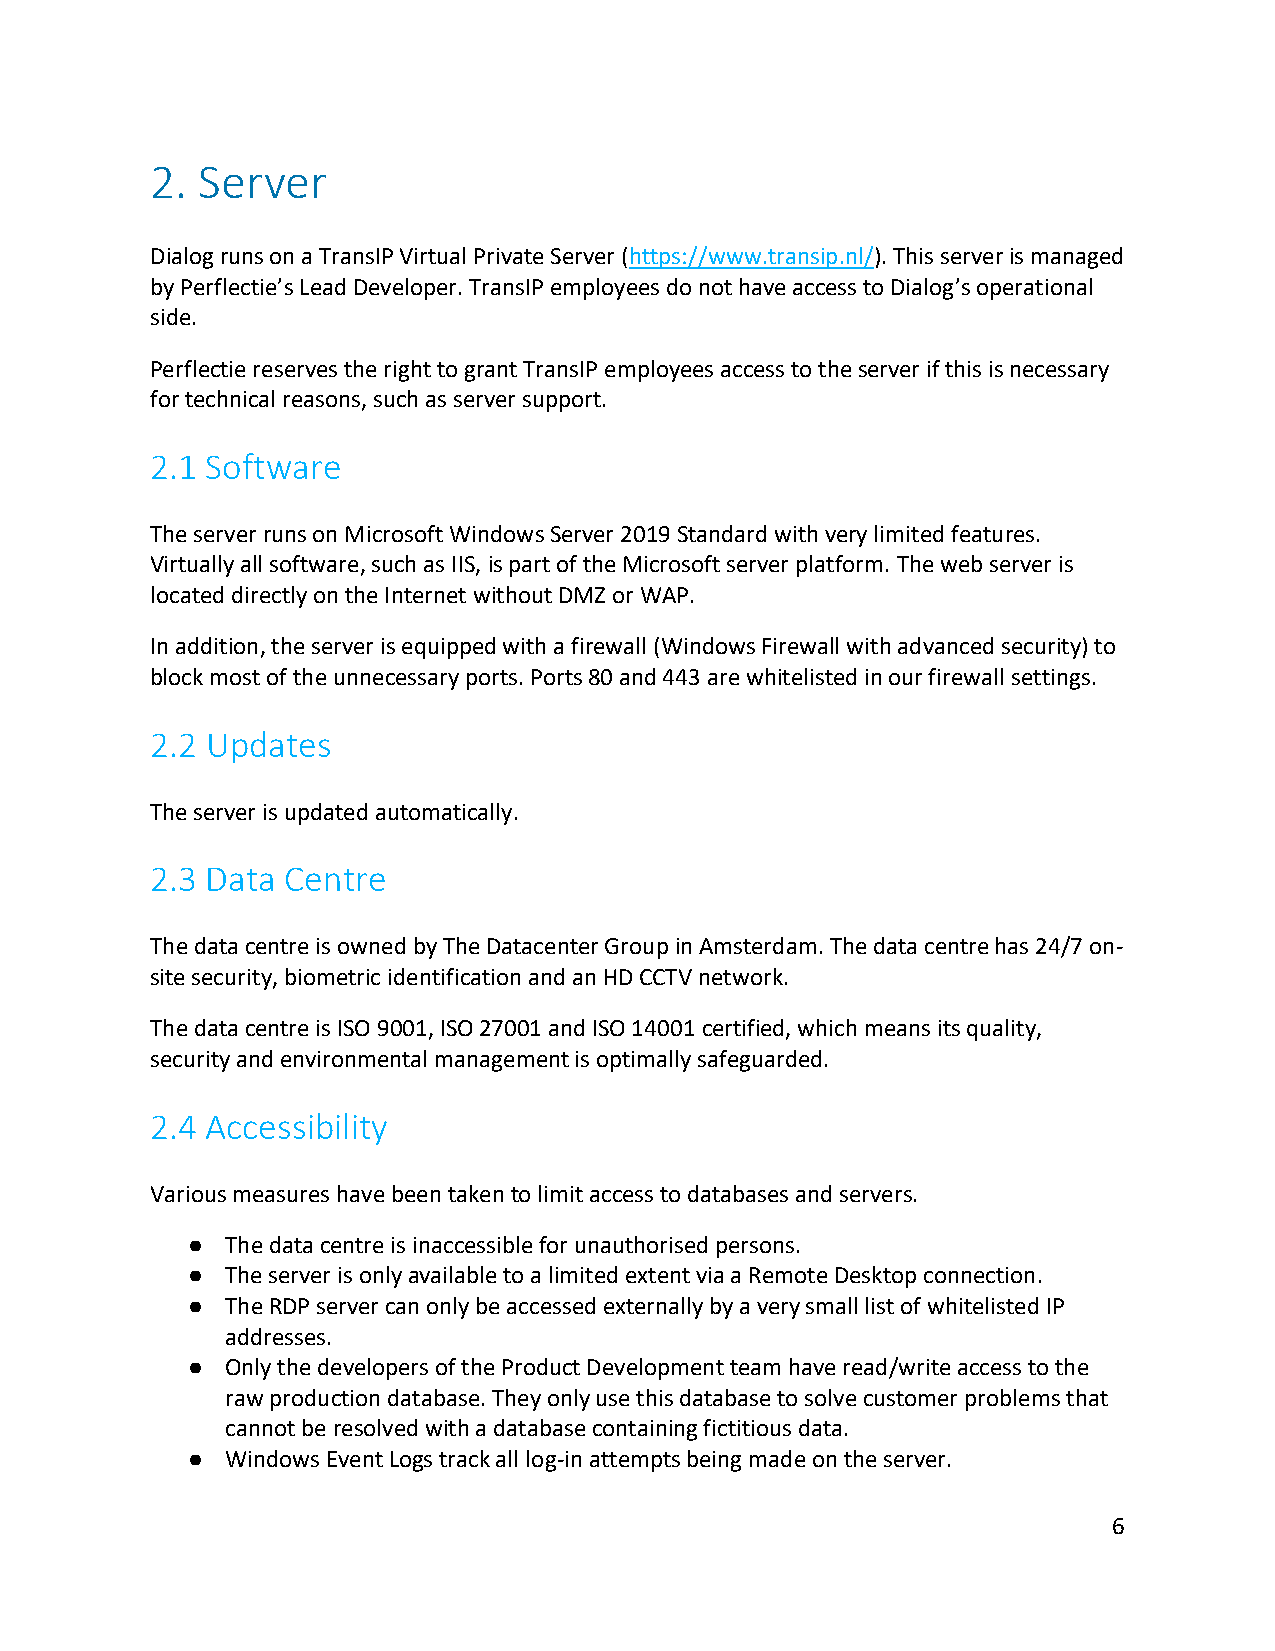
2. Server
 Dialog runs on a TransIP Virtual Private Server (https://www.transip.nl/). This server is managed
 by Perflectie’s Lead Developer. TransIP employees do not have access to Dialog’s operational
 side.
 Perflectie reserves the right to grant TransIP employees access to the server if this is necessary
 for technical reasons, such as server support.
 2.1 Software
 The server runs on Microsoft Windows Server 2019 Standard with very limited features.
 Virtually all software, such as IIS, is part of the Microsoft server platform. The web server is
 located directly on the Internet without DMZ or WAP.
 In addition, the server is equipped with a firewall (Windows Firewall with advanced security) to
 block most of the unnecessary ports. Ports 80 and 443 are whitelisted in our firewall settings.
 2.2 Updates
 The server is updated automatically.
 2.3 Data Centre
 The data centre is owned by The Datacenter Group in Amsterdam. The data centre has 24/7 on-
 site security, biometric identification and an HD CCTV network.
 The data centre is ISO 9001, ISO 27001 and ISO 14001 certified, which means its quality,
 security and environmental management is optimally safeguarded.
 2.4 Accessibility
 Various measures have been taken to limit access to databases and servers.
 ●  The data centre is inaccessible for unauthorised persons.
 ●  The server is only available to a limited extent via a Remote Desktop connection.
 ●  The RDP server can only be accessed externally by a very small list of whitelisted IP
 addresses.
 ●  Only the developers of the Product Development team have read/write access to the
 raw production database. They only use this database to solve customer problems that
 cannot be resolved with a database containing fictitious data.
 ●  Windows Event Logs track all log-in attempts being made on the server.
 6